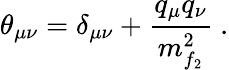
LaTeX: \theta_{\mu\nu}=\delta_{\mu\nu}+\frac{q_{\mu}q_{\nu}}{m_{f_{2}}^{2}}\ .